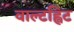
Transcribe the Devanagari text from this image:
वाल्टह्विट